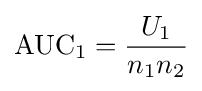
\mathrm {AUC} _{1}={U_{1} \over n_{1}n_{2}}